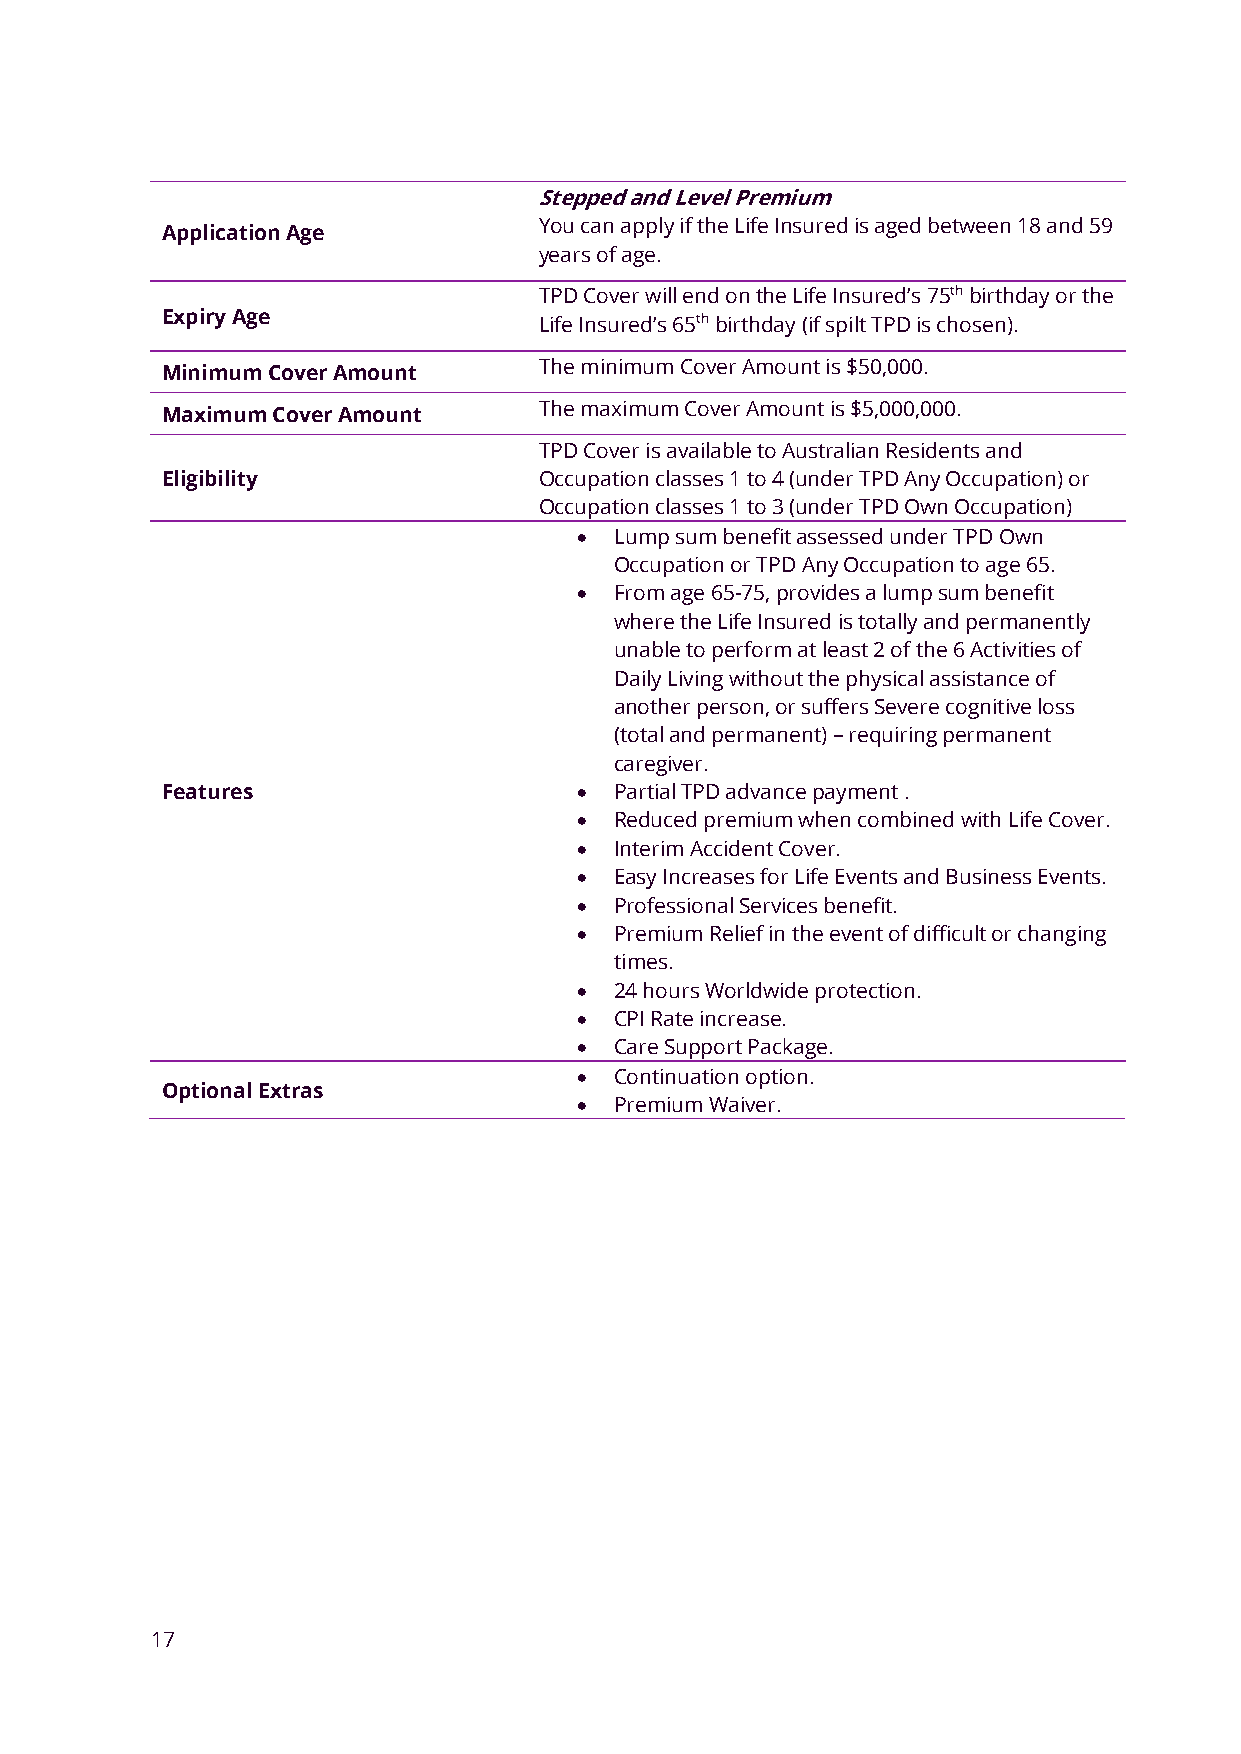
Stepped and Level Premium
 You can apply if the Life Insured is aged between 18 and 59
 Application Age
 years of age.
 TPD Cover will end on the Life Insured’s 75th birthday or the
 Expiry Age               Life Insured’s 65th birthday (if spilt TPD is chosen).
 The minimum Cover Amount is $50,000.
 Minimum Cover Amount
 The maximum Cover Amount is $5,000,000.
 Maximum Cover Amount
 TPD Cover is available to Australian Residents and
 Eligibility              Occupation classes 1 to 4 (under TPD Any Occupation) or
 Occupation classes 1 to 3 (under TPD Own Occupation)
 •  Lump sum benefit assessed under TPD Own
 Occupation or TPD Any Occupation to age 65.
 •  From age 65-75, provides a lump sum benefit
 where the Life Insured is totally and permanently
 unable to perform at least 2 of the 6 Activities of
 Daily Living without the physical assistance of
 another person, or suffers Severe cognitive loss
 (total and permanent) – requiring permanent
 caregiver.
 Features                   •  Partial TPD advance payment .
 •  Reduced premium when combined with Life Cover.
 •  Interim Accident Cover.
 •  Easy Increases for Life Events and Business Events.
 •  Professional Services benefit.
 •  Premium Relief in the event of difficult or changing
 times.
 •  24 hours Worldwide protection.
 •  CPI Rate increase.
 •  Care Support Package.
 •  Continuation option.
 Optional Extras
 •  Premium Waiver.
 17